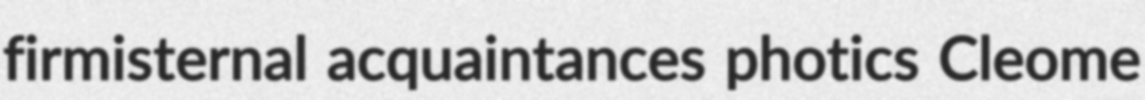
firmisternal acquaintances photics Cleome